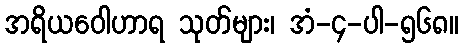
အရိယဝေါဟာရ သုတ်များ၊ အံ-၄-ပါ-၅၆၈။